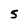
Character: 5